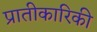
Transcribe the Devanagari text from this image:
प्रातीकारिकी